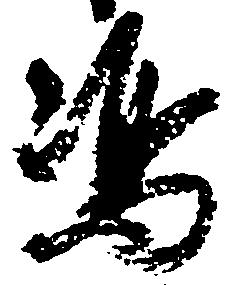
嶋